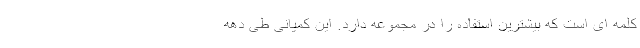
کلمه ای است که بیشترین استفاده را در مجموعه دارد. این کمپانی طی دهه